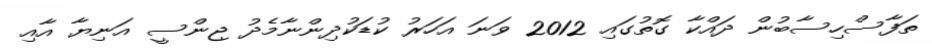
ތަފާސްހިސާބުން ދައްކާ ގޮތުގައި 2012 ވަނަ އަހަރު ކުޑަކުދިންނާމެދު ޖިންސީ އަނިޔާ އާއި